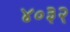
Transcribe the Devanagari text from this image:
४०३२